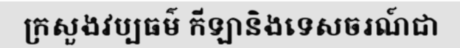
ក្រសួងវប្បធម៌ កីឡានិងទេសចរណ៍ជា